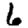
Digit: 6